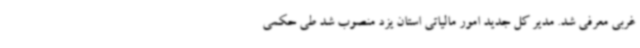
غربی معرفی شد. مدیر کل جدید امور مالیاتی استان یزد منصوب شد طی حکمی